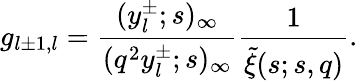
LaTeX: g_{l\pm 1,l}=\frac{(y_{l}^{\pm};s)_{\infty}}{(q^{2}y_{l}^{\pm};s)_{\infty}}\frac{1}{\widetilde{\xi}(s;s,q)}.